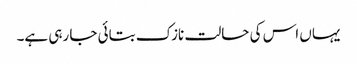
یہاں اس کی حالت نازک بتائی جا رہی ہے۔